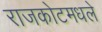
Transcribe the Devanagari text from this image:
राजकोटमधले